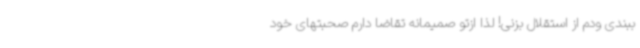
ببندی ودم از استقلال بزنی! لذا ازتو صمیمانه تقاضا دارم صحبتهای خود